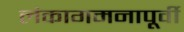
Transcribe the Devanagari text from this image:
लंकागमनापूर्वी